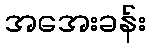
အအေးခန်း